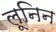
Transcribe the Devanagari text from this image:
लूनिन